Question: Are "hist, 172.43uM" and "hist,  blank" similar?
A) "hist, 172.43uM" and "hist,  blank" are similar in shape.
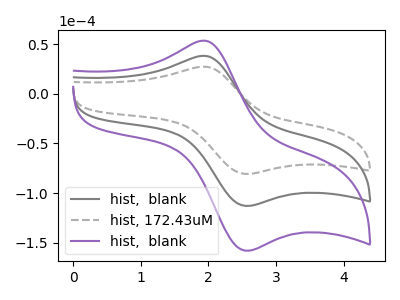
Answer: <think>The gray curve "hist,  blank" has an anodic peak at (1.95V, 38.25uA) and a cathodic peak at (2.55V, -113.05uA). The gray dashed curve "hist, 172.43uM" has an anodic peak at (1.95V, 27.35uA) and a cathodic peak at (2.55V, -80.80uA). The purple curve "hist,  blank" has an anodic peak at (1.95V, 76.55uA) and a cathodic peak at (2.55V, -226.10uA).
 All the peaks in "hist, 172.43uM" have a peak in "hist,  blank" at the same potential. Every peak in "hist, 172.43uM" is lower than every peak in "hist,  blank".</think>
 <answer>A) "hist, 172.43uM" and "hist,  blank" are similar in shape.</answer>
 <eval>A</eval>